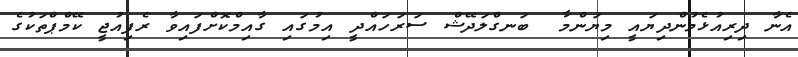
އެނާ ދިރިއުޅެމުންދިޔައީ މިޔަންމާ  ބަނގްލަދޭޝް ސަރަހައްދީ އިމުގައި ގާއިމްކޮށްފައިވާ ރެފިއުޖީ ކޭމްޕްތަކުގެ